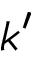
k ^ { \prime }